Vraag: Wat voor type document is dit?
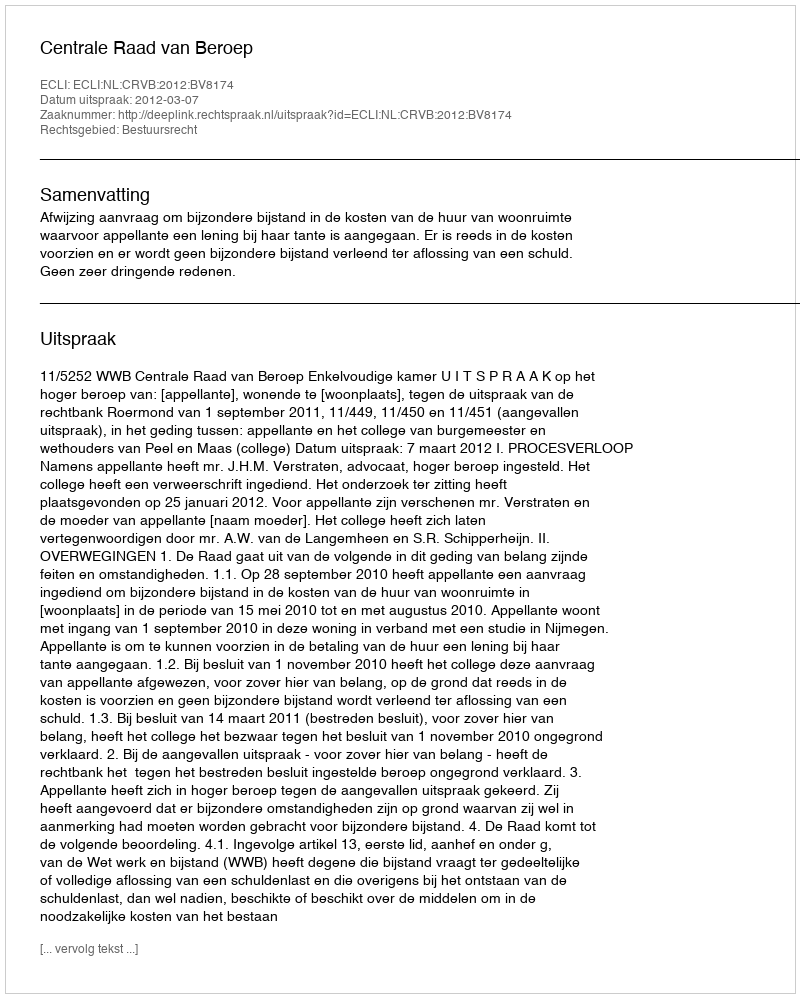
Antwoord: Uitspraak